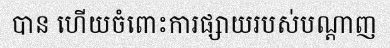
បាន ហើយចំពោះការផ្សាយរបស់បណ្តាញ